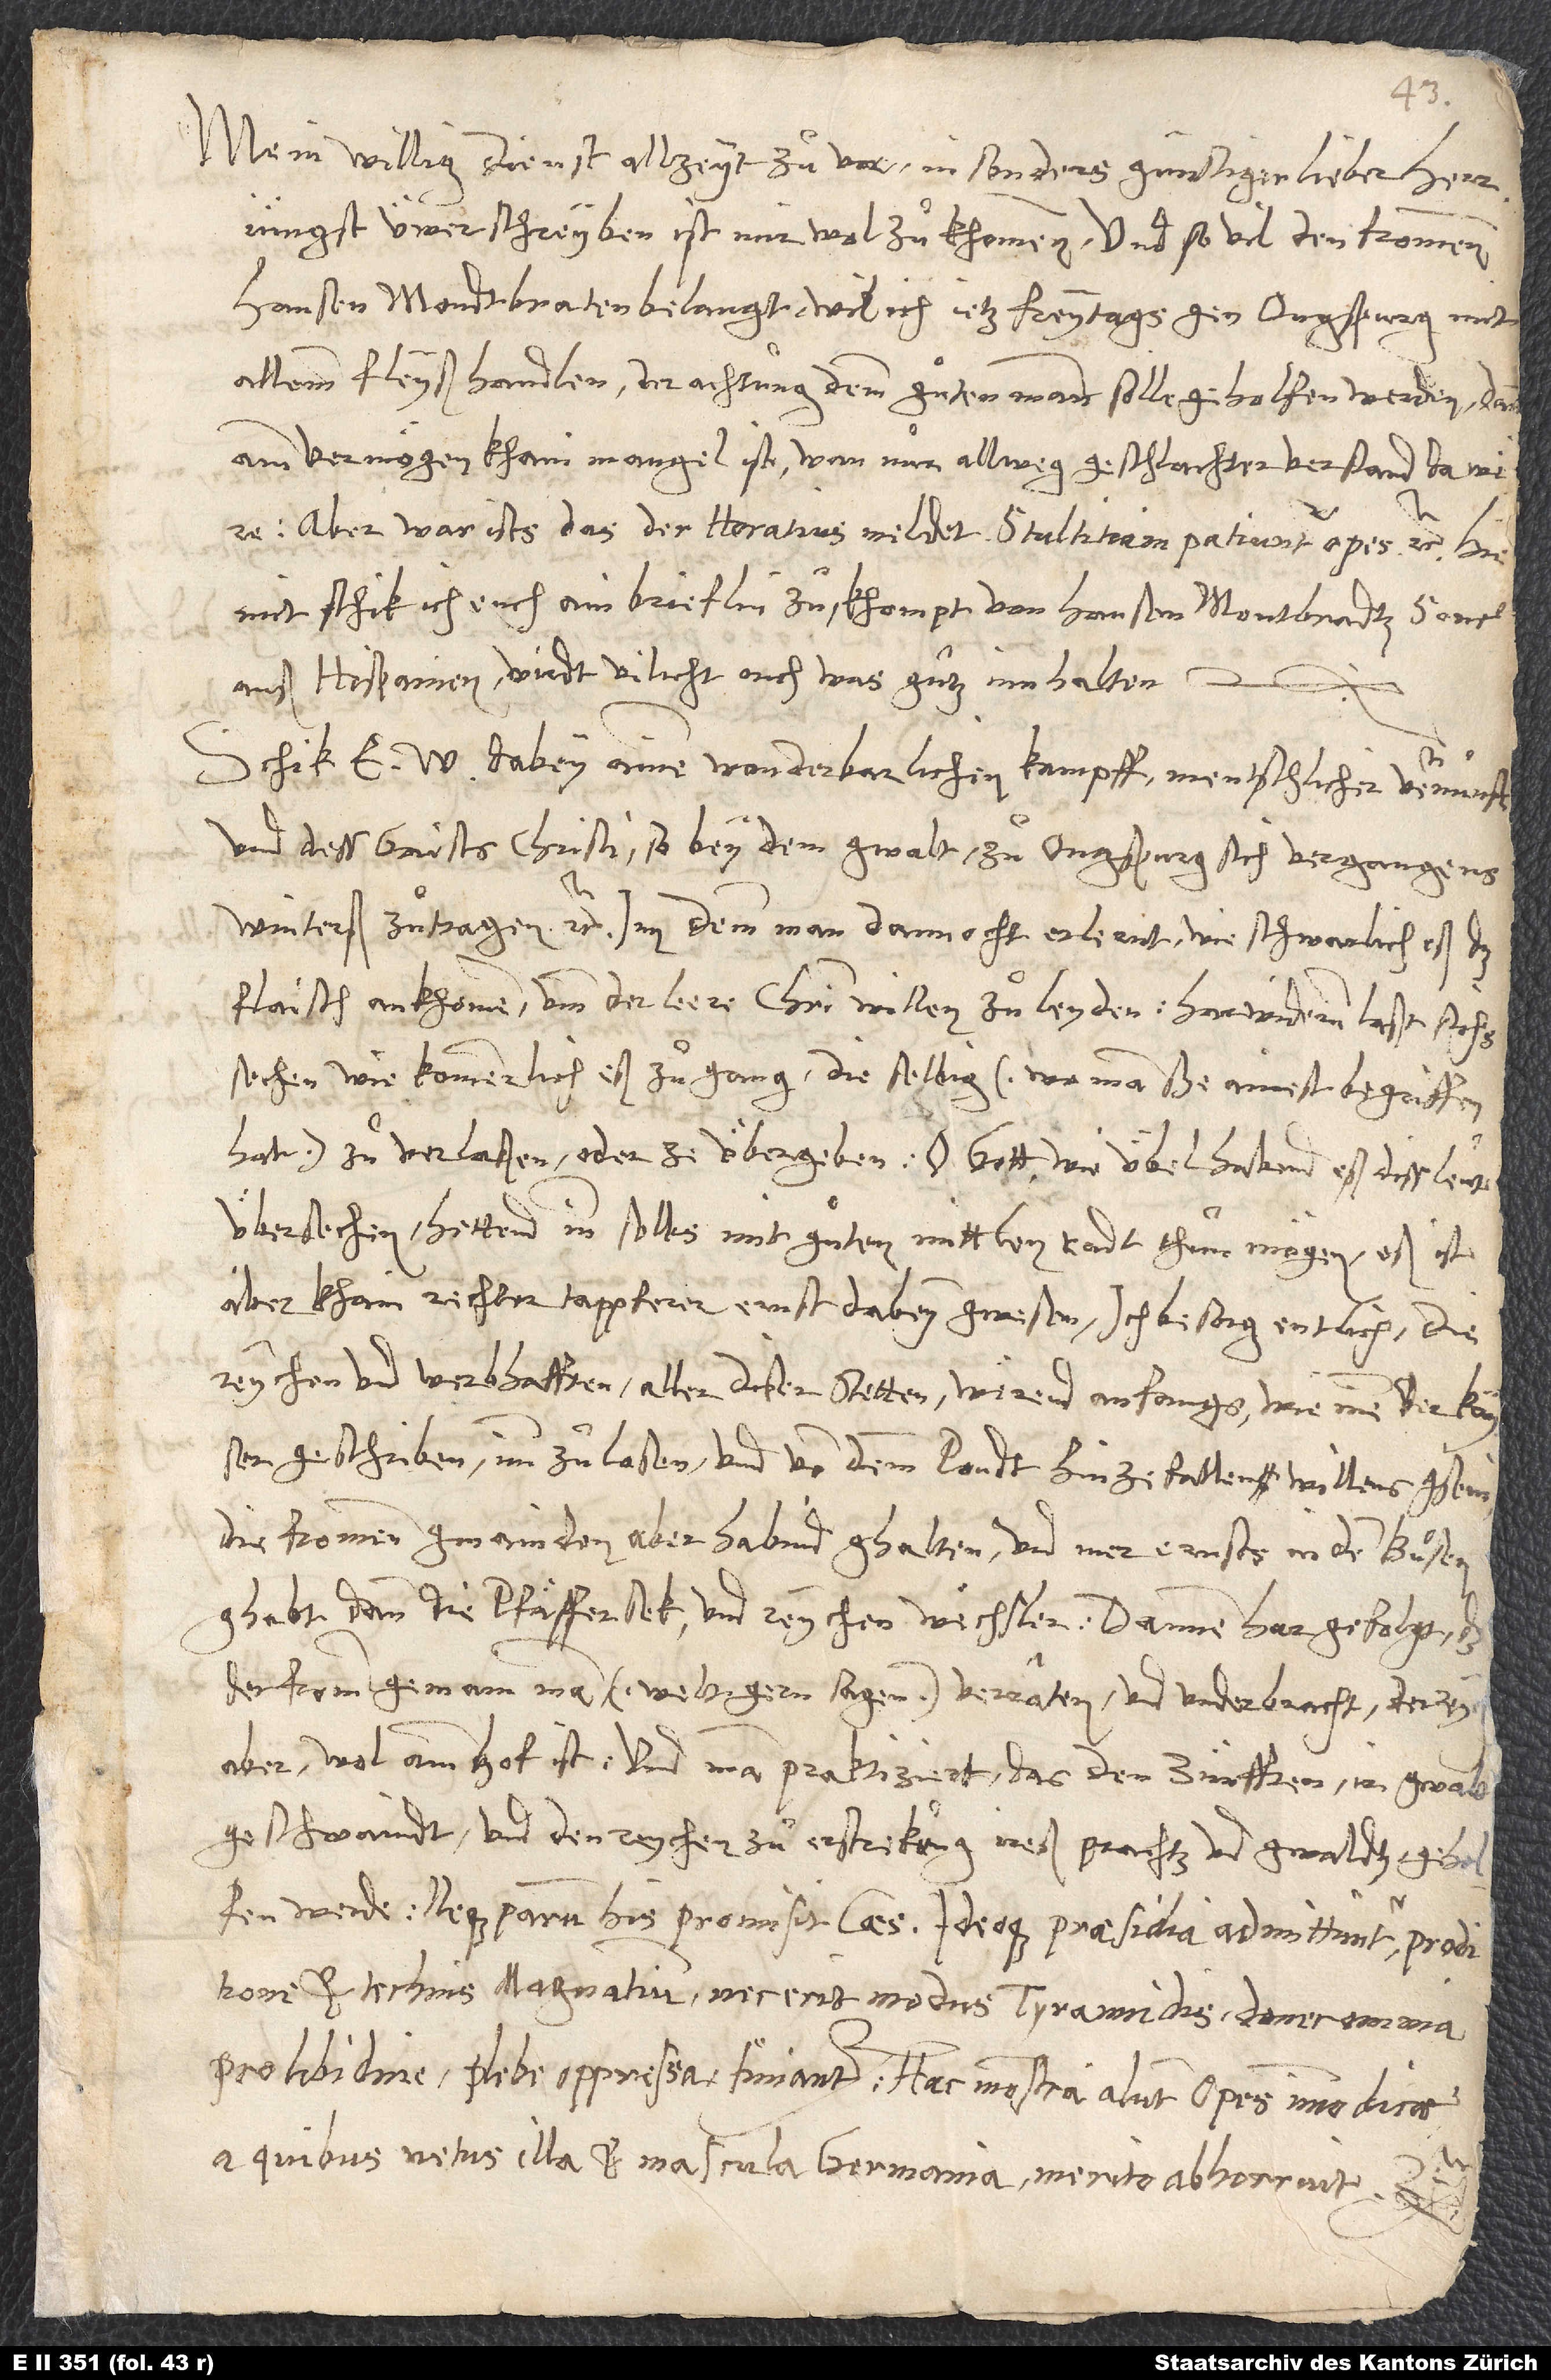
Mein willig dienst allzeyt zuͦvor. Insonders günstiger lieber herr,
jüngst üwer schreyben ist mir wol zuͦkhommen, und so vil den frommen
Hansen Mondtbraten belangt, wil ich ietz freytags gen Ougspurg mit
allemm fleyß handlen, der achtung, demm guͦten mann solle geholfen werden; dann
amm vermögen khain mangel ist, wan nun allweg geschlachter verstand da were.
Aber war ists, das der Horatius meldet: Stultitiam patiuntur opes etc. Hiemit
schik ich euch ain brieflin zuͦ, khompt von Hansen Montbradtz sone
auß Hispanien; wirdt vilicht ouch was guͦtz innhalten.
Schik e dabey ainen wonderbarlichen kampff menschlicher vernunft
und dess gaists Christi, so bey dem gwalt zuͦ Ougspurg sich vergangens
winterß zuͦtragen etc., inn demm man dannocht erlernt, wie schwarlich eß das
flaisch ankhomme, umb der leere Christi willen zuͦ leyden. Harwiderum laßt sichs
sechen, wie kommerlich eß zuͦgang, die selbig (wo man sye ainest begriffen
hat) zuͦ verlaßen oder ze übergeben. O gott, wie übel habend eß diss leut
übersechen! Hettend inn selbs mit guͦten mittlen radt thuͦn mögen; eß ist
aber khain rechter tappferer ernst dabey gewsen. Ich besorg entlich, die
reychen und werbhafften aller diser stetten wërend anfangs, wie inen der kayser
geschriben, imm zuͦ losen und von dem pondt hinzefallen willens gsein;
die frommen gmainden aber habind ghalten und mer ernsts in dem buͦsen
ghabt, dann die pfäffersek und reychen wëchsler. Dannenhar gefolgt, das
der fromm gemain man (welt gern sagen) verraten und underbracht, der reych
aber wol am hof ist, und man praktiziert, das den zünfften ir gwalt
geschwaindt und den reychen zuͦ erstrekung ireß prachtz und gwaldtz geholfen
werde. Neque parum his promisit caesar, ideoque praesidia admittuntur proditione
et technis magnatium, nec erit modus tyrannidis, donec omnia
pro libidine plebe oppressa finiantur. Haec monstra alunt opes immodicae,
a quibus vetus illa et mascula Germania merito abhorruit etc.